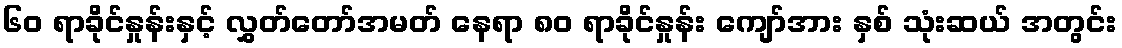
၆၀ ရာခိုင်နှုန်းနှင့် လွှတ်တော်အမတ် နေရာ ၈၀ ရာခိုင်နှုန်း ကျော်အား နှစ် သုံးဆယ် အတွင်း